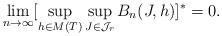
\begin{align*}\lim_{n \rightarrow \infty} [ \sup_{h \in M(T)} \sup_{J \in \mathcal{J}_r} B_n(J,h)]^{*} =0. \end{align*}